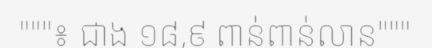
"""៖ ជាង ១៨,៩ ពាន់ពាន់លាន"""